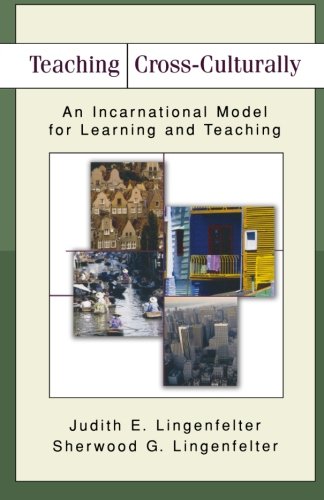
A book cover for Teaching Cross-Culturally: An Incarnational Model for Learning and Teaching; Judith E. Lingenfelter; Religion & Spirituality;